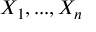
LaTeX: X _ { 1 } , . . . , X _ { n }